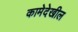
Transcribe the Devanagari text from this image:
कामेदेखील